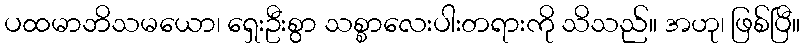
ပထမာဘိသမယော၊ ရှေးဦးစွာ သစ္စာလေးပါးတရားကို သိသည်။ အဟု၊ ဖြစ်ပြီ။